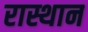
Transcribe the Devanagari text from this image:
रास्थान